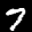
Label: 7